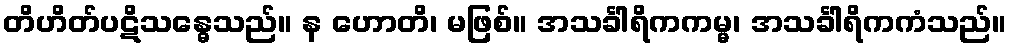
တိဟိတ်ပဋိသန္ဓေသည်။ န ဟောတိ၊ မဖြစ်။ အသင်္ခါရိကကမ္မ၊ အသင်္ခါရိကကံသည်။